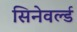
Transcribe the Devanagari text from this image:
सिनेवर्ल्ड